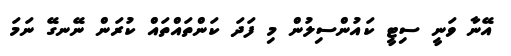
އޭނާ ވަނީ ސިޓީ ކައުންސިލުން މި ފަދަ ކަންތައްތައް ކުރަން ނޭނގޭ ނަމަ